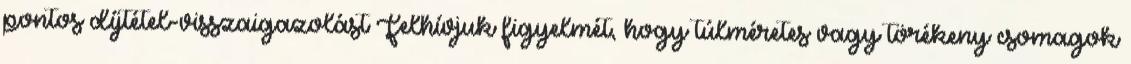
pontos díjtétel-visszaigazolást Felhívjuk figyelmét, hogy túlméretes vagy törékeny csomagok